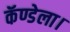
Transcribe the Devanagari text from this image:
कॅण्डेला।